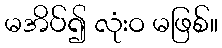
မအိပ်၍ လုံးဝ မဖြစ်။